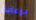
برعاية